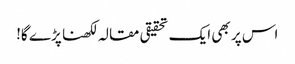
اس پر بھی ایک تحقیقی مقالہ لکھنا پڑے گا!